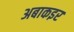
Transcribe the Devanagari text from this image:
अबाकइर